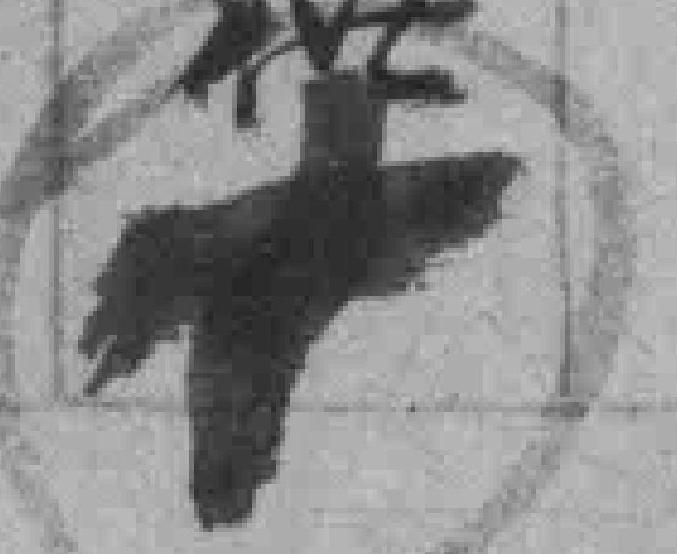
十